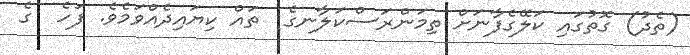
(ތެދު) ގޮތުގައި ކަލޭގެފާނަށް ތިމަންރަސްކަލާނގެ  ތައް ކިޔައިދެއްވަމެވެ. ފަހެ  ގެ